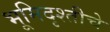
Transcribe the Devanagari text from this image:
भूमिदृश्तीचे